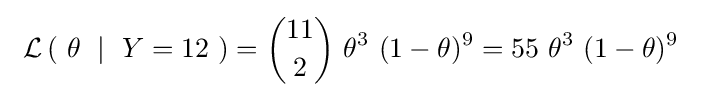
\ \operatorname {\mathcal {L}} \left(\ \theta \ \mid \ Y=12\ \right)={\binom {11}{2}}~\theta ^{3}\ (1-\theta )^{9}=55\ \theta ^{3}\ (1-\theta )^{9}~